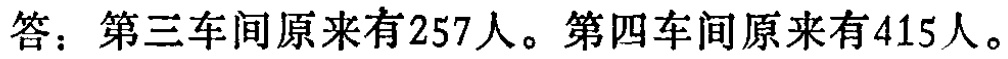
答：第三车间原来有257人。第四车间原来有415人。